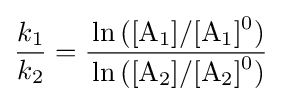
{k_{1} \over k_{2}}={\frac {\ce {\ln([A1]/[A1]^{0})}}{\ce {\ln([A2]/[A2]^{0})}}}